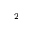
^ { 2 }